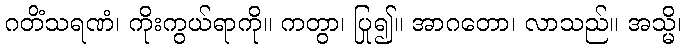
ဂတိံသရဏံ၊ ကိုးကွယ်ရာကို။ ကတွာ၊ ပြု၍။ အာဂတော၊ လာသည်။ အသ္မိ၊